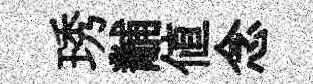
琇黼値念